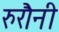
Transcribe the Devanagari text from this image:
रुरौनी